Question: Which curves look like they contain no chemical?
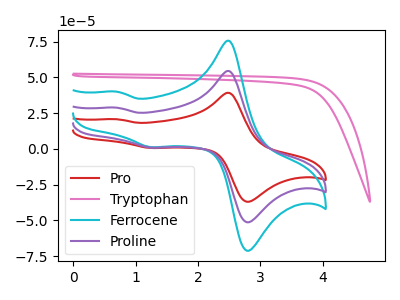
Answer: <think>The red curve "Pro" has anodic peaks at (2.50V, 39.15uA) (0.70V, 20.75uA) and cathodic peaks at (2.85V, -36.45uA) (1.25V, 0.65uA). The pink curve "Tryptophan" has no peaks. The cyan curve "Ferrocene" has anodic peaks at (2.50V, 108.65uA) (0.70V, 57.60uA) and cathodic peaks at (2.85V, -101.15uA) (1.25V, 1.75uA). The purple curve "Proline" has anodic peaks at (2.50V, 54.35uA) (0.70V, 28.80uA) and cathodic peaks at (2.85V, -50.55uA) (1.25V, 0.90uA).</think>
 <answer>"Tryptophan" is likely to be a blank.</answer>
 <eval>Tryptophan</eval>